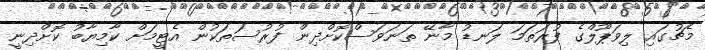
މެޗުގައި ލިވަޕޫލްގެ ފުރަތަމަ ލަނޑު މާނޭ ތަނަވަސްކޮށްދިން ފުރުސަތަކުން އެޓީމަށް ކާމިޔާބު ކޮށްދިނީ